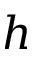
h